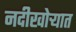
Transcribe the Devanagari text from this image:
नदीखोऱ्यात